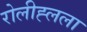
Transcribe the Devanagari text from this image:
रोलीह्लला